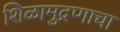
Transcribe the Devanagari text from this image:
शिळामुद्रणाचा